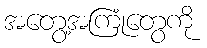
အတွေ့အကြုံတွေကို